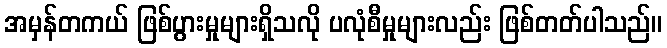
အမှန်တကယ် ဖြစ်ပွားမှုများရှိသလို ပလုံစီမှုများလည်း ဖြစ်တတ်ပါသည်။